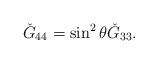
LaTeX: \begin{align*}\check{G}_{44}=\sin^{2}\theta\check{G}_{33}.\end{align*}